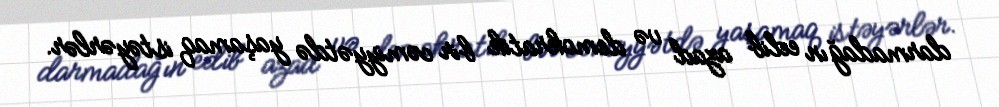
darmadağın edib azad və demokratik bir cəmiyyətdə yaşamaq istəyərlər.